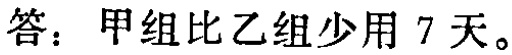
答：甲组比乙组少用 7 天。